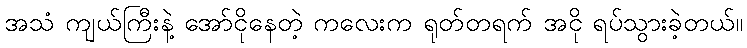
အသံ ကျယ်ကြီးနဲ့ အော်ငိုနေတဲ့ ကလေးက ရုတ်တရက် အငို ရပ်သွားခဲ့တယ်။